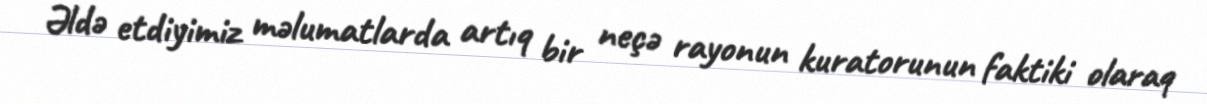
Əldə etdiyimiz məlumatlarda artıq bir neçə rayonun kuratorunun faktiki olaraq